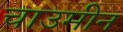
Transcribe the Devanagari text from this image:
चाउमीन